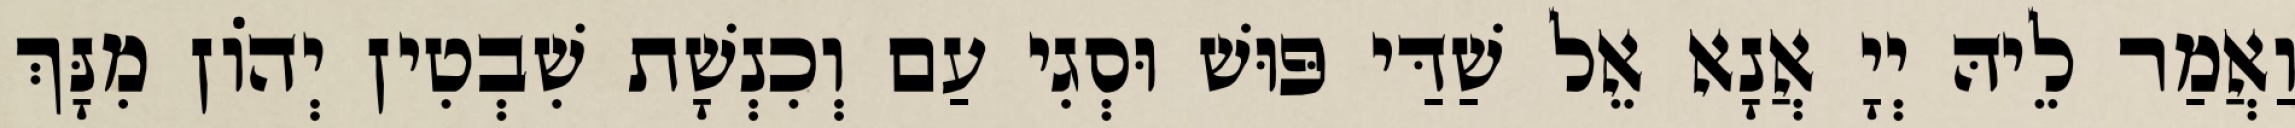
וַאֲמַר לֵיהּ יְיָ אֲנָא אֵל שַׁדַּי פּוּשׁ וּסְגִי עַם וְכִנְשָׁת שִׁבְטִין יְהוֹן מִנָּךְ